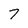
Character: 7